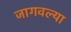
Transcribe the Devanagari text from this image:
जागवल्या